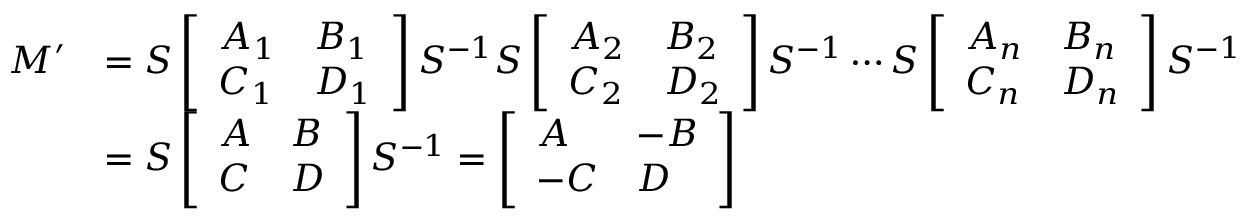
\begin{array} { r l } { M ^ { \prime } } & { = S \left[ \begin{array} { l l } { A _ { 1 } } & { B _ { 1 } } \\ { C _ { 1 } } & { D _ { 1 } } \end{array} \right] S ^ { - 1 } S \left[ \begin{array} { l l } { A _ { 2 } } & { B _ { 2 } } \\ { C _ { 2 } } & { D _ { 2 } } \end{array} \right] S ^ { - 1 } \cdots S \left[ \begin{array} { l l } { A _ { n } } & { B _ { n } } \\ { C _ { n } } & { D _ { n } } \end{array} \right] S ^ { - 1 } } \\ & { = S \left[ \begin{array} { l l } { A } & { B } \\ { C } & { D } \end{array} \right] S ^ { - 1 } = \left[ \begin{array} { l l } { A } & { - B } \\ { - C } & { D } \end{array} \right] } \end{array}